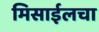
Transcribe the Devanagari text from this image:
मिसाईलचा